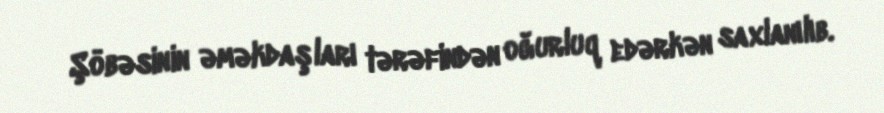
Şöbəsinin əməkdaşları tərəfindən oğurluq edərkən saxlanılıb.